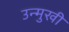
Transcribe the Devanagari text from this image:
उन्‍मुखी